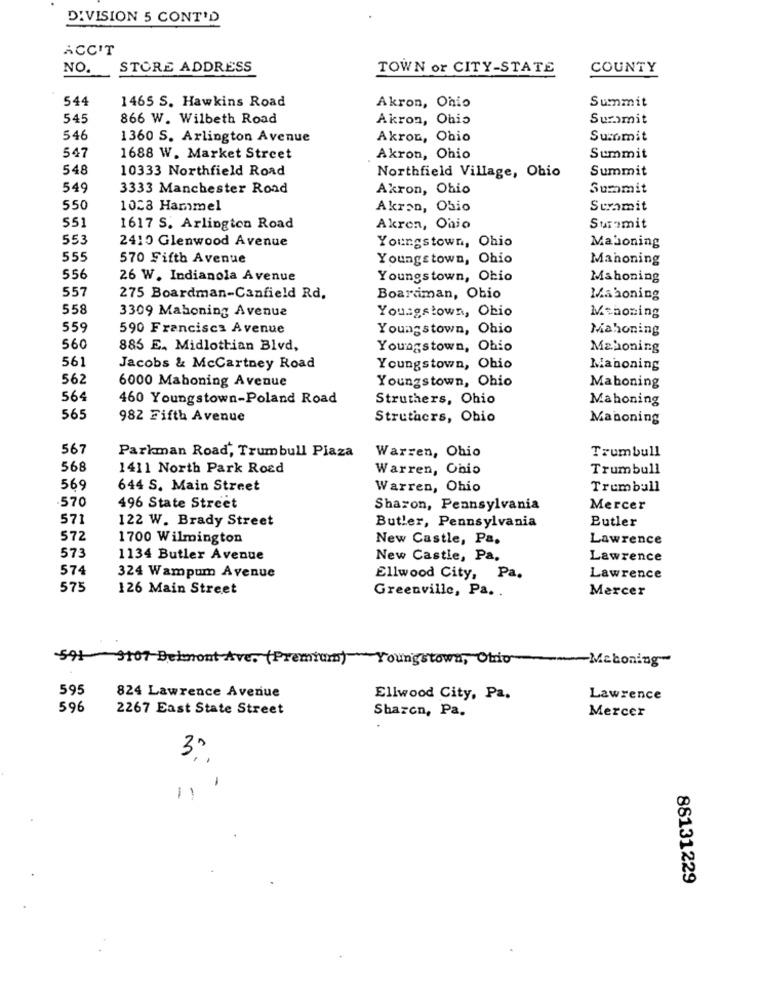
DIVISION 5 CONT'D
ACC'T
NO.
STORE ADDRESS
TOWN or CITY-STATE
COUNTY
544
1465 S. Hawkins Road
Summit
Akron, Ohio
545
866 W. Wilbeth Road
Akron, Ohio
Suramit
546
1360 S. Arlington Avenue
Akron, Ohio
Susomit
547
1688 W. Market Street
Akron, Ohio
Summit
548
10333 Northfield Road
Summit
Northfield Village, Ohio
549
3333 Manchester Road
Akron, Ohio
Summit
550
1028 Hammel
Akron, Obio
Seramit
1617 S. Arlington Road
Akron, Ohio
Suramit
553
2410 Glenwood Avenue
Youngstown, Ohio
Maboning
555
570 Fifth Avenue
Youngstown, Ohio
Mahoning
556
26 W. Indianola Avenue
Youngstown, Ohio
Mahoning
557
275 Boardman-Canfield Rd.
Boardman, Ohio
Mahoning
558
3309 Mahoning Avenue
Youngstown, Ohio
Mshoning
559
590 Francisca Avenue
Youngstown, Ohio
Mahoning
560
885 E, Midlothian Blvd,
Youngstown, Ohio
Mahoning
561
Jacobs & McCartney Road
Youngstown, Ohio
Manoning
562
6000 Mahoning Avenue
Youngstown, Ohio
Maboning
564
460 Youngstown-Poland Road
Struthers, Ohio
Mahoning
565
982 Fifth Avenue
Struthers, Ohio
Mahoning
567
Parkman Road, Trumbull Piaza
Warren, Ohio
Trumbull
568
1411 North Park Road
Warren, Ohio
Trumbull
569
644 S. Main Street
Warren, Ohio
Trumbull
570
496 State Street
Sharon, Pennsylvania
Mercer
571
122 W. Brady Street
Butler
Butler, Pennsylvania
572
1700 Wilmington
New Castle, Pa.
Lawrence
573
1134 Butler Avenue
New Castle, Pa,
Lawrence
574
324 Wampum Avenue
Ellwood City, Pa.
Lawrence
575
126 Main Street
Greenville, Pa. .
Mercer
591 3107 Belmont Ave. (Premium) Youngstown, Ohio ~~ Mchoning
595
824 Lawrence Avenue
Ellwood City, Pa.
Lawrence
596
2267 East State Street
Sharon, Pa.
Mercer
11
88131229